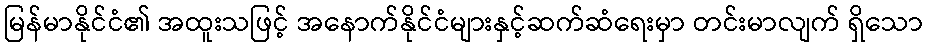
မြန်မာနိုင်ငံ၏ အထူးသဖြင့် အနောက်နိုင်ငံများနှင့်ဆက်ဆံရေးမှာ တင်းမာလျက် ရှိသော